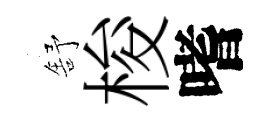
舒梭嗜